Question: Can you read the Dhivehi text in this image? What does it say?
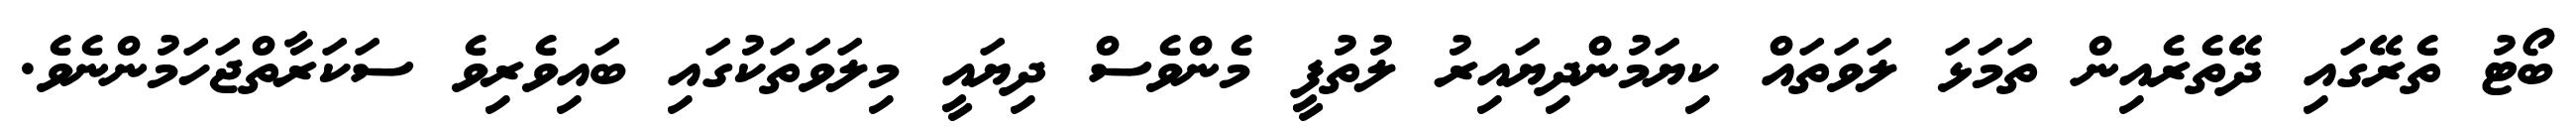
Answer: ބޯޓު ތެރޭގައި ދޭތެރެއިން ތަމަޅަ ލަވަތައް ކިޔަމުންދިޔައިރު ލުތުފީ މެންވެސް ދިޔައީ މިލަވަތަކުގައި ބައިވެރިވެ ސަކަރާތްޖަހަމުންނެވެ.